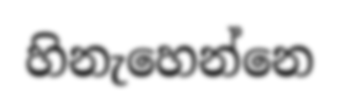
හිනැහෙන්නෙ